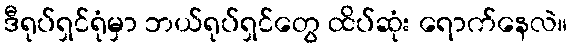
ဒီရုပ်ရှင်ရုံမှာ ဘယ်ရုပ်ရှင်တွေ ထိပ်ဆုံး ရောက်နေလဲ။